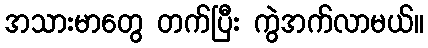
အသားမာတွေ တက်ပြီး ကွဲအက်လာမယ်။